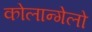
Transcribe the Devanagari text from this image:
कोलान्गेलो